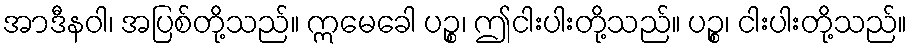
အာဒီနဝါ၊ အပြစ်တို့သည်။ ဣမေခေါ ပဉ္စ၊ ဤငါးပါးတို့သည်။ ပဉ္စ၊ ငါးပါးတို့သည်။